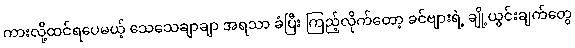
ကားလို့ထင်ရပေမယ့် သေသေချာချာ အရသာ ခံပြီး ကြည့်လိုက်တော့ ခင်ဗျားရဲ့ ချို့ယွင်းချက်တွေ